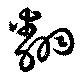
翻